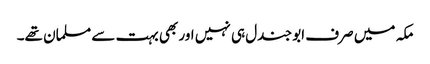
مکہ میں صرف ابو جندل ہی نہیں اور بھی بہت سے مسلمان تھے۔